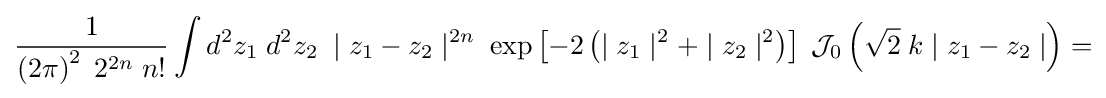
{1 \over \left(2\pi \right)^{2}\;2^{2n}\;n!}\int d^{2}z_{1}\;d^{2}z_{2}\;\mid z_{1}-z_{2}\mid ^{2n}\;\exp \left[-2\left(\mid z_{1}\mid ^{2}+\mid z_{2}\mid ^{2}\right)\right]\;{\mathcal {J}}_{0}\left({\sqrt {2}}\;{k\mid z_{1}-z_{2}\mid }\right)=